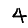
Digit: 4